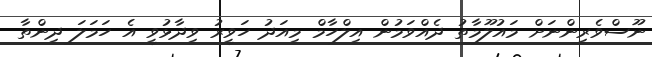
ނޫސްވެރިންނަށް މައުލޫމާތު ދެއްވަމުން އިލްހާމް މިއަދު ހަވީރު ވިދާޅުވީ އެ ހަމަލަ ދިންތާ